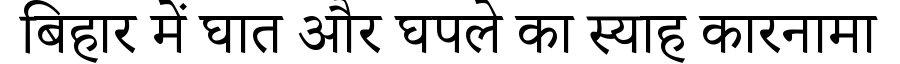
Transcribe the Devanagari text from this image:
बिहार में घात और घपले का स्याह कारनामा